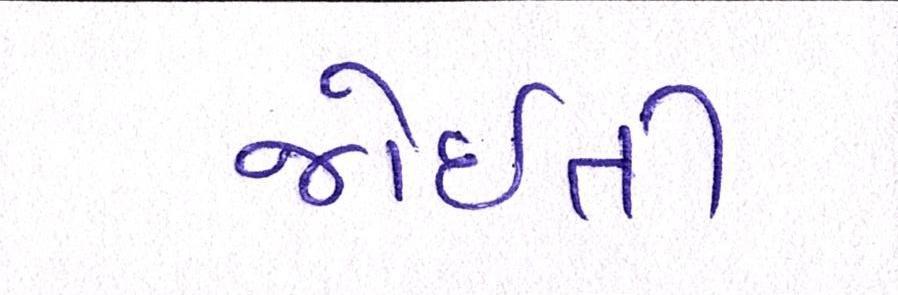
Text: જોઈતી